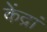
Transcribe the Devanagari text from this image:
केंद्रां